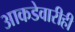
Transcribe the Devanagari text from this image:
आकडेवारीही